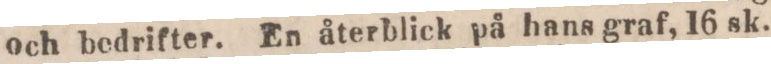
och bedrifter. En återblick på hans graf, 16 sk.